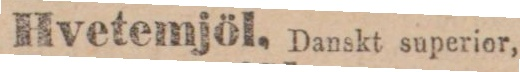
Hvetemjöl, Danskt superior,